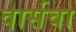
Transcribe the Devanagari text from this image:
वार्सवा